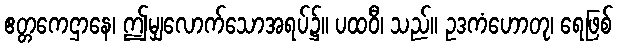
ဧတ္တကေဌာနေ၊ ဤမျှလောက်သောအရပ်၌။ ပထဝီ၊ သည်။ ဥဒကံဟောတု၊ ရေဖြစ်